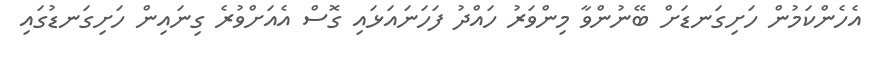
އެހެންކަމުން ހަށިގަނޑަށް ބޭނުންވާ މިންވަރު ހައްދު ފަހަނައަޅައި ގޮސް އެއަށްވުރެ ގިނައިން ހަށިގަނޑުގައި